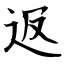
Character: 﨤